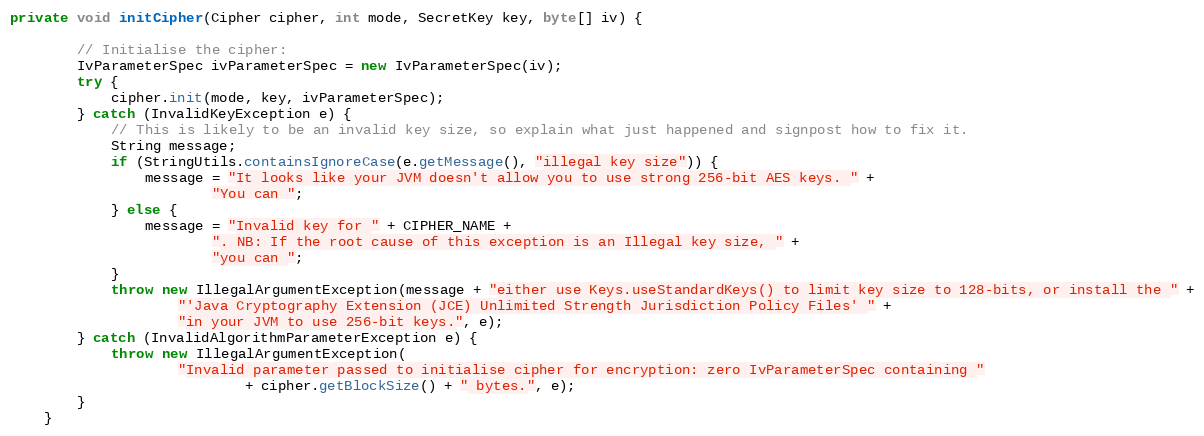
Language: Java
private void initCipher(Cipher cipher, int mode, SecretKey key, byte[] iv) {

        // Initialise the cipher:
        IvParameterSpec ivParameterSpec = new IvParameterSpec(iv);
        try {
            cipher.init(mode, key, ivParameterSpec);
        } catch (InvalidKeyException e) {
            // This is likely to be an invalid key size, so explain what just happened and signpost how to fix it.
            String message;
            if (StringUtils.containsIgnoreCase(e.getMessage(), "illegal key size")) {
                message = "It looks like your JVM doesn't allow you to use strong 256-bit AES keys. " +
                        "You can ";
            } else {
                message = "Invalid key for " + CIPHER_NAME +
                        ". NB: If the root cause of this exception is an Illegal key size, " +
                        "you can ";
            }
            throw new IllegalArgumentException(message + "either use Keys.useStandardKeys() to limit key size to 128-bits, or install the " +
                    "'Java Cryptography Extension (JCE) Unlimited Strength Jurisdiction Policy Files' " +
                    "in your JVM to use 256-bit keys.", e);
        } catch (InvalidAlgorithmParameterException e) {
            throw new IllegalArgumentException(
                    "Invalid parameter passed to initialise cipher for encryption: zero IvParameterSpec containing "
                            + cipher.getBlockSize() + " bytes.", e);
        }
    }